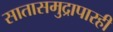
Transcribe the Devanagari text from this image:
सातासमुद्रापारही